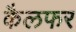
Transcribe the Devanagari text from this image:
कैलफर